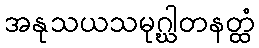
အနုသယသမုဂ္ဃါတနတ္ထံ